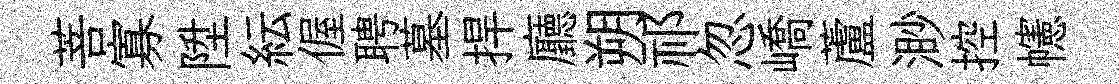
菩寡陞紜偓聘墓捍廳朔祁忽嶠蘆渺控幰